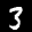
Label: 3